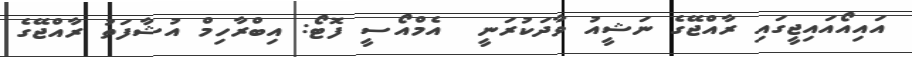
އައިއޯއައިޖީގައި ރާއްޖޭގެ ނަޝީއު ވާދަކުރަނީ  އެމްއޯސީ ފޮޓޯ: އިބްރާހިމް އުޝާފަތު ރާއްޖޭގެ